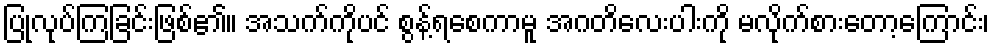
ပြုလုပ်ကြခြင်းဖြစ်၏။ အသက်ကိုပင် စွန့်ရစေကာမူ အဂတိလေးပါးကို မလိုက်စားတော့ကြောင်း၊